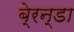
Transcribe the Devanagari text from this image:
बे्रन्डा